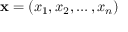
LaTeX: \mathbf { x } = ( x _ { 1 } , x _ { 2 } , \ldots , x _ { n } )